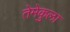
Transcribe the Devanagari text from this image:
तेमेकुला